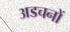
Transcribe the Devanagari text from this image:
अडचनों